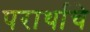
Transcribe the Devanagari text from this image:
परार्थाचे